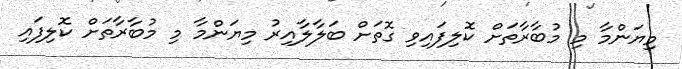
މިޔަންމާ މި މުބާރާތަށް ކޮލިފައިވި ގޮތަށް ބަލާލާއިރު މިޔަންމާ މި މުބާރާތަށް ކޮލިފައި